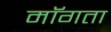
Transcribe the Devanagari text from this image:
माॅगता